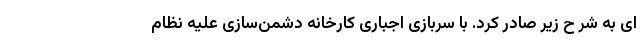
ای به شر ح زیر صادر کرد. با سربازی اجباری کارخانه دشمن‌سازی علیه نظام